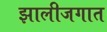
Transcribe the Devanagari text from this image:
झालीजगात